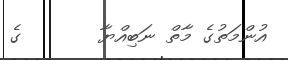
އުންމަތުގެ މާތް ނަބިއްޔާ       ގެ